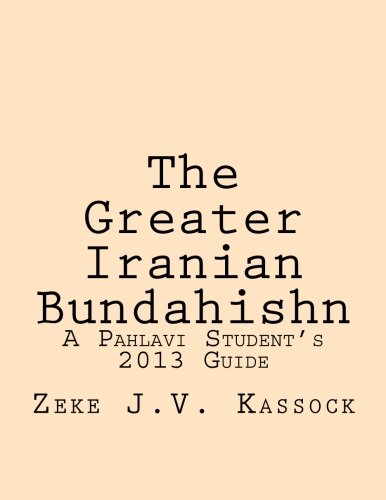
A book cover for The Greater Iranian Bundahishn: A Pahlavi Student's 2013 Guide; Zeke J.V. Kassock; Religion & Spirituality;